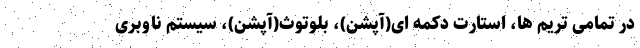
در تمامی تریم ها، استارت دکمه ای(آپشن)، بلوتوث(آپشن)، سیستم ناوبری